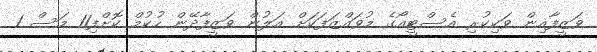
ވަޒީފާއިން ވަކިކުރި އެސްޓީއޯގެ މުވައްޒަފަކަށް އަލުން ވަޒީފާދޭން ހުކުމް ކޮށްފި11 މަސް 1